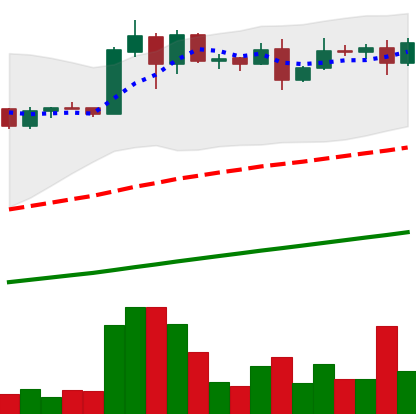
Ticker: ADA-USD
Chart end date: 2020-08-08
Forward return: -3.112%
Label: down_3_5